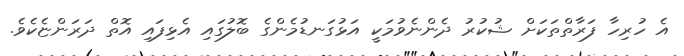
އެ ހުރިހާ ފަރާތްތަކަށް ޝުކުރު ދެންނެވުމަކީ އަޅުގަނޑުމެންގެ ބޮލުގައި އެޅިފައި އޮތް ދަރަންޏެކެވެ.